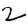
Digit: 2